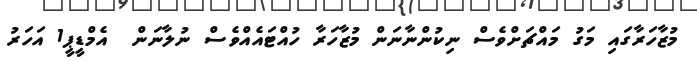
މުޒާހަރާގައި މަގު މައްޗަށްވެސް ނިކުންނާނަން މުޒާހަރާ ހުއްޓައެއްވެސް ނުލާނަން  އެމްޑީޕީ1 އަހަރު